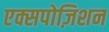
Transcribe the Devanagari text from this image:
एक्सपोज़िशन